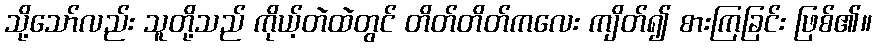
သို့သော်လည်း သူတို့သည် ကိုယ့်တဲထဲတွင် တိတ်တိတ်ကလေး ကျိတ်၍ စားကြခြင်း ဖြစ်၏။